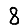
Digit: 8